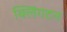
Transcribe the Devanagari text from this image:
क्लिंगटन